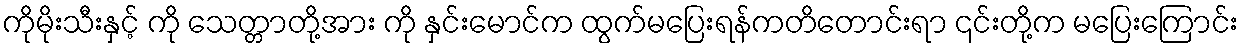
ကိုမိုးသီးနှင့် ကို သေတ္တာတို့အား ကို နှင်းမောင်က ထွက်မပြေးရန်ကတိတောင်းရာ ၎င်းတို့က မပြေးကြောင်း